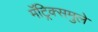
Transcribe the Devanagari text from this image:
मॅट्रिक्समुले